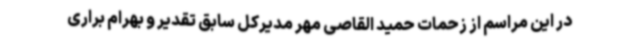
در این مراسم از زحمات حمید القاصی مهر مدیرکل سابق تقدیر و بهرام براری